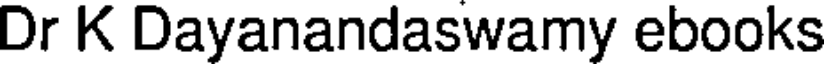
Dr K Dayanandaswamy ebooks